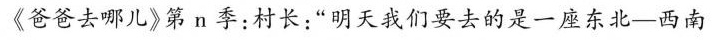
《爸爸去哪儿》第n季：村长：”明天我们要去的是一座东北-西南